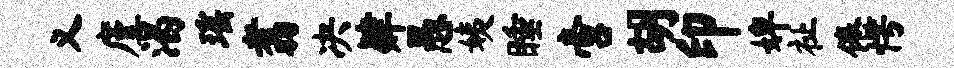
义廑渴瑶翥决肄愚姨睡啻胡印婢祉倦愕